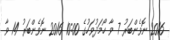
2016 ނޮވެންބަރު 7 ވާ ހޯމަދުވަހުގެ 10:00 2016 ނޮވެންބަރު 14 ވާ